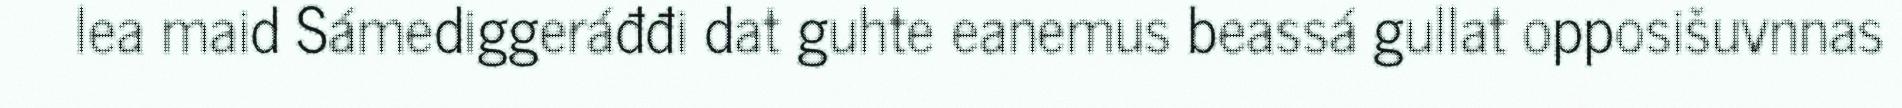
lea maid Sámediggeráđđi dat guhte eanemus beassá gullat opposišuvnnas